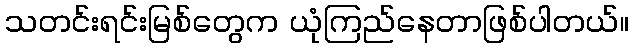
သတင်းရင်းမြစ်တွေက ယုံကြည်နေတာဖြစ်ပါတယ်။